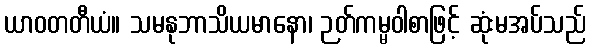
ယာဝတတီယံ။ သမနုဘာသိယမာနော၊ ဉတ်ကမ္မဝါစာဖြင့် ဆုံးမအပ်သည်